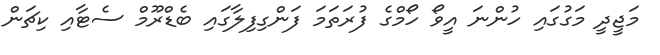
މަޖީދީ މަގުގައި ހުންނަ އީވޯ ހޯމްގެ ފުރަތަމަ ފަންގިފިލާގައި ބެޑްރޫމް ސެޓާއި ކިޗަން